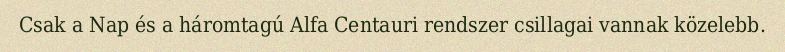
Csak a Nap és a háromtagú Alfa Centauri rendszer csillagai vannak közelebb.